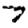
Digit: 7